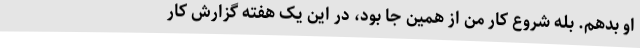
او بدهم. بله شروع کار من از همین‌ جا بود، در این یک هفته گزارش کار